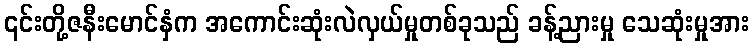
၎င်းတို့ဇနီးမောင်နှံက အကောင်းဆုံးလဲလှယ်မှုတစ်ခုသည် ခန့်ညားမှု သေဆုံးမှုအား